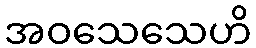
အဝသေသေဟိ